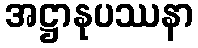
အဋ္ဌာနုပဿနာ